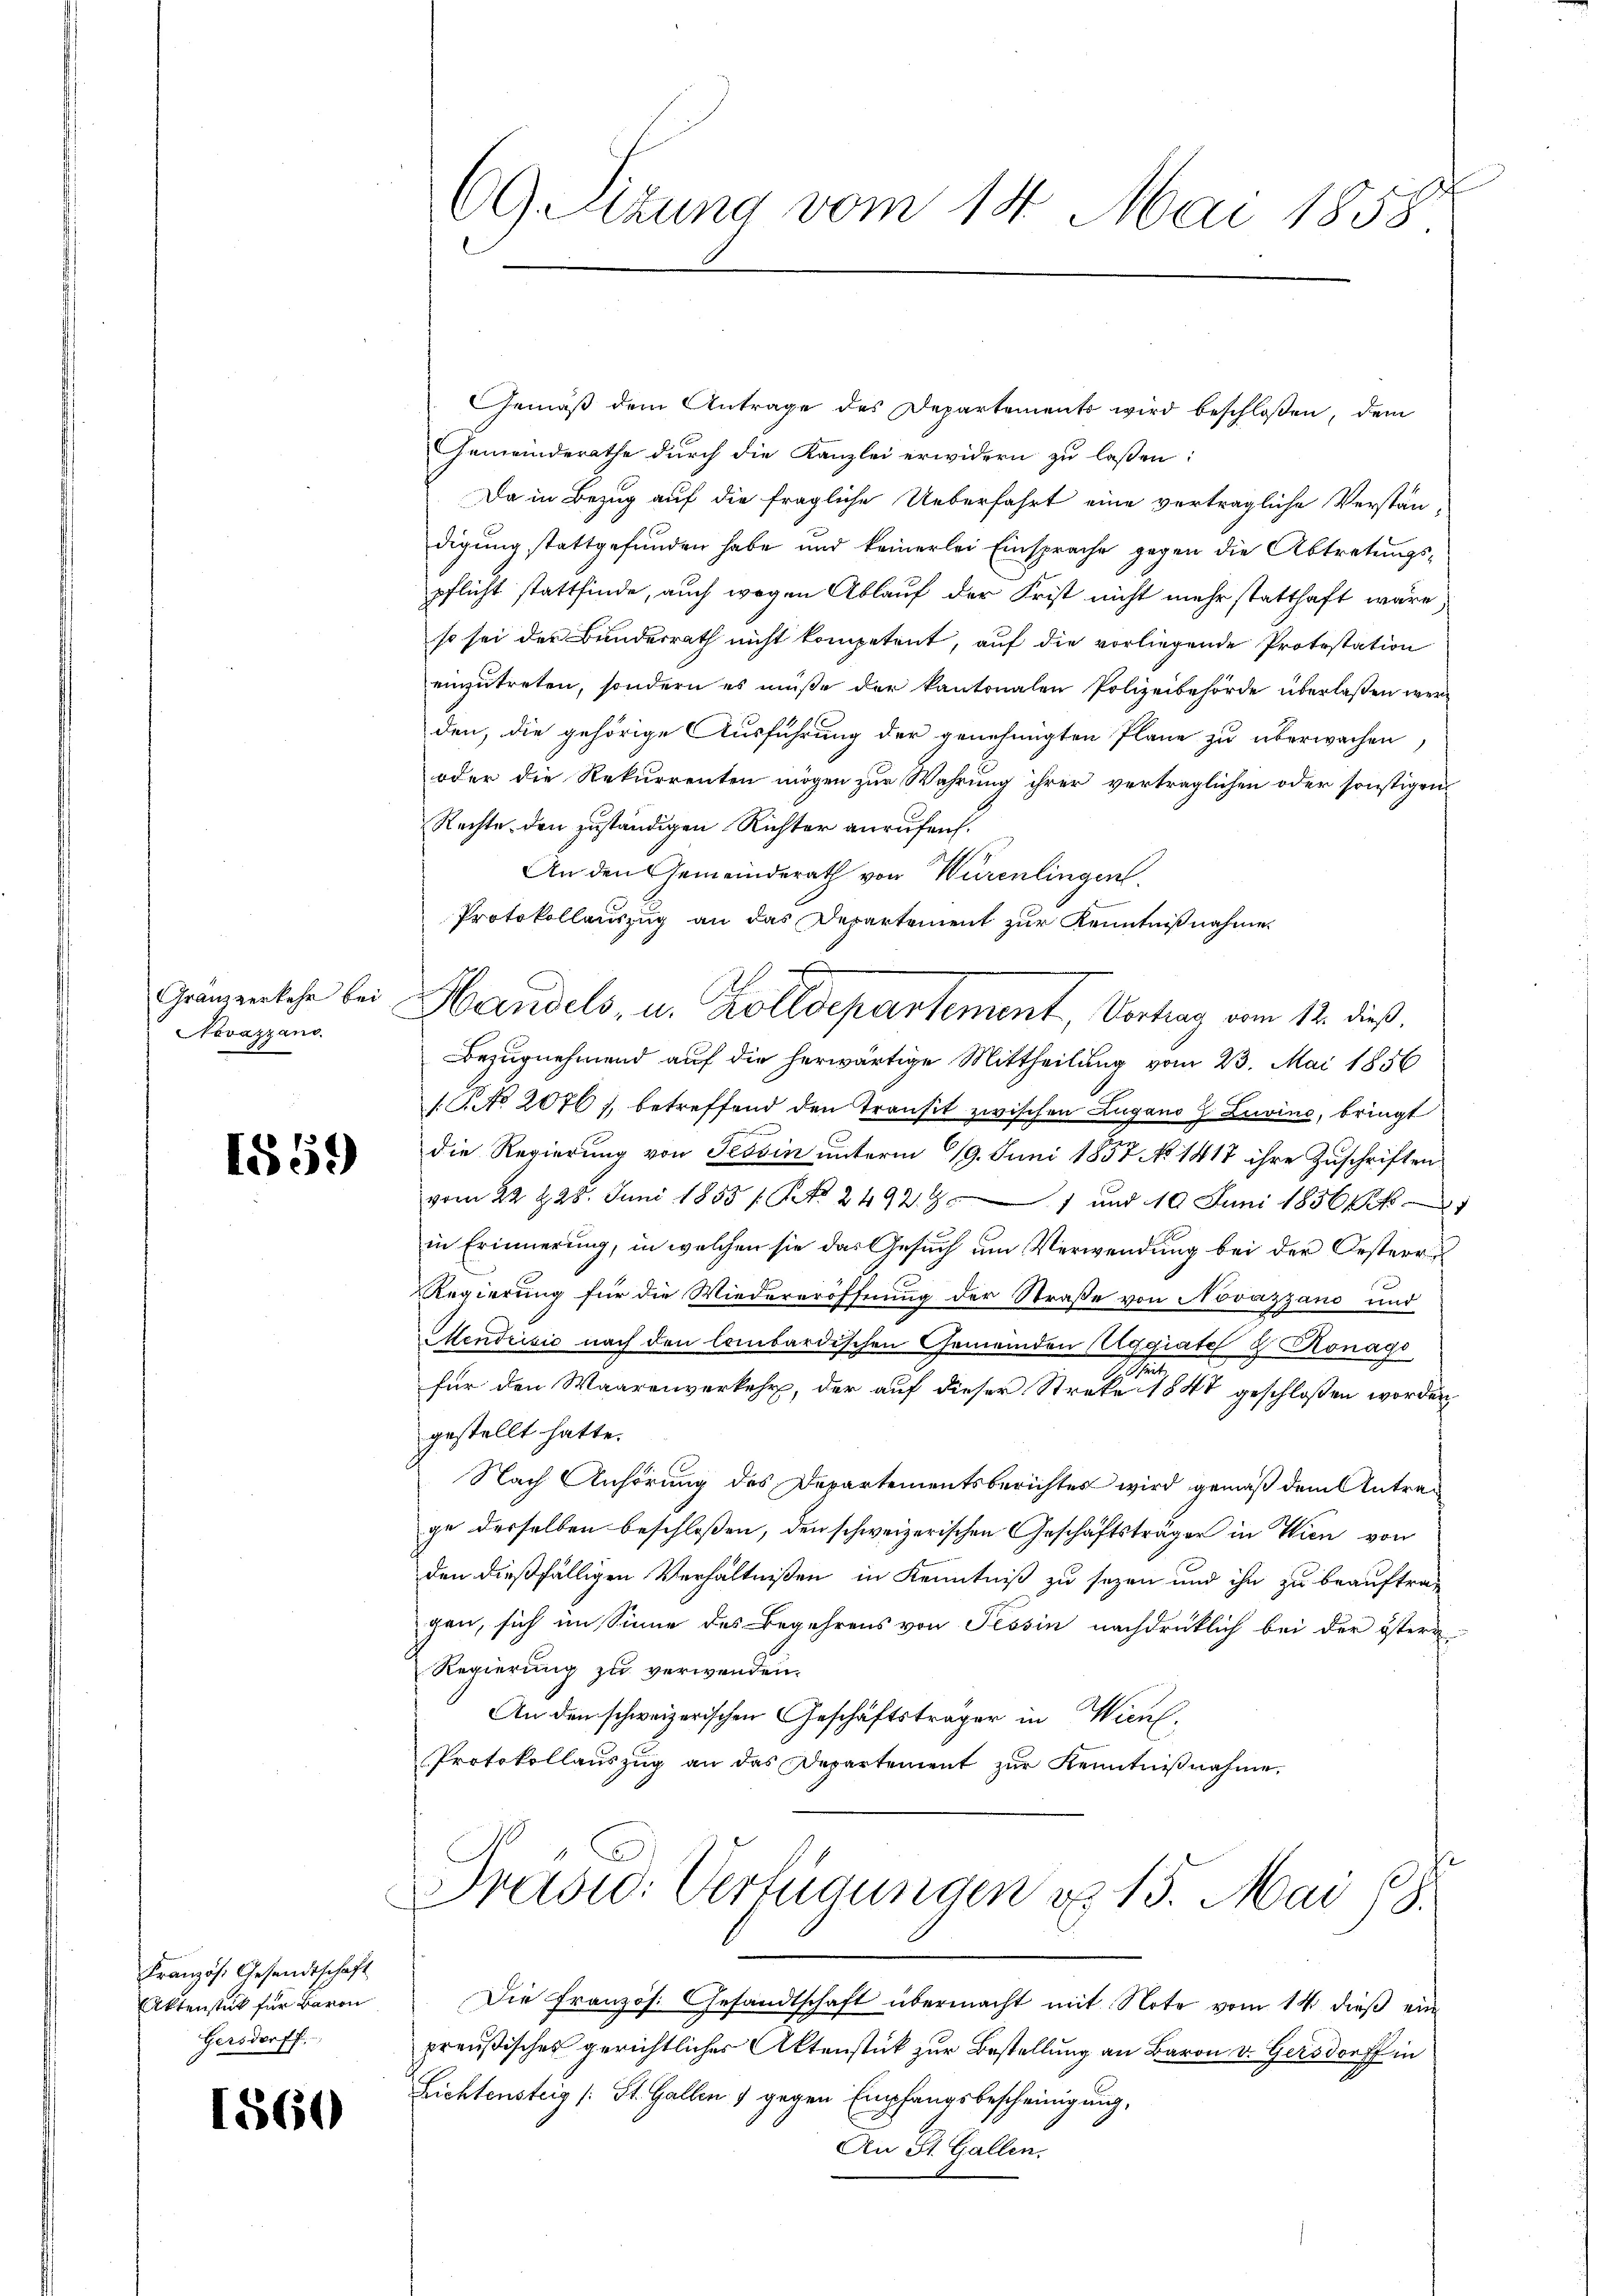
Granzverkehr bei
Novazzano.

1559

Französ. Gesandtschaft
Aktenstück für Baron
Gersdorff

560

69 Sizung vom 14. Mai 1858.

Gemäß dem Antrage des Departements wird beschloßen, dem
Gemeinderathe durch die Kanzlei erwidern zu lassen:
Da in Bezug auf die fragliche Ueberfahrt eine verträgliche Verständigung stattgefunden habe und keinerlei Einsprache gegen die Abtretungspflicht stattfinde, auch wegen Ablauf der Frist nicht mehr statthaft wäre
so sei der Bundesrath nicht kompetent, auf die vorliegende Protestation
einzutreten, sondern es müße der kantonalen Polizeibehörde überlaßen werden, die gehörige Ausführung der genehmigten Pläne zu überwachen
oder die Rekurrenten mögen zur Wahrung ihrer verträglichen oder sonstigen
Rechte den zuständigen Richter anrufen.
An den Gemeinderath von Würenlingen.
Protokollauszug an das Departement zur Kenntnißnahme
Handels, u. Zolldepartement, Vortrag vom 12. dieß.
Bezugnehmend auf die herwärtige Mittheilung vom 23. Mai 1856
G. No. 2076), betreffend den Transit zwischen Zugano 7 Livine, bringt
die Regierung von Tessin unterm 19. Juni 1857 No 1417 ihre Zuschriften
vom 22. 428. Juni 1855 /: No 24927 und 10 Juni 1856
in Erinnerung, in welchen sie das Gesuch um Verwendung bei der Oesterr
Regierung für die Wiedereröffnung der Straße von Novazzano und
Mendrisie nach den lombardischen Gemeinden Aggiate & Konago
2
für den Waarenverkehr, der auf dieser Streke 1847 geschlossen worden
gestellt hatte.
Nach Anhörung des Departementsberichtes wird gemäß dem Antrage derselben beschloßen, den schweizerischen Geschäftsträger in Wien von
den dießfälligen Verhältnißen in Kenntniß zu sezen und ihn zu beauftrag
gen, sich im Sinne des Begehrens von Tessin nachdrücklich bei der österr
Regierung zu verwenden.
An den schweizerischen Geschäftsträger in Wicul
Protokollauszug an das Departement zŭr Kenntniβnahme.
Prasic: Verfügungen u. 15. Mai 18.
Die Französ. Gesandtschaft übermacht mit Note vom 14. dieß ein
preußisches gerichtlicher Aktenstück zur Bestellung an Baron v. Gersdorff in
Lichtensteig (: St. Gallen 1 gegen Empfangsbescheinigung,
An St. Gallen.